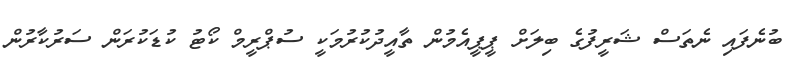
ބުނެފައި ނެތަސް ޝަރީފުގެ ބިލަށް ޕީޕީއެމުން ތާއީދުކުރުމަކީ ސުޕްރީމް ކޯޓު ކުޑަކުރަން ސަރުކާރުން